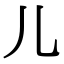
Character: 儿